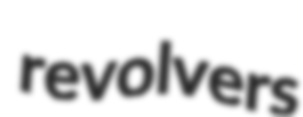
revolvers